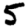
Digit: 5